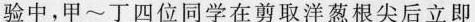
验中，甲~丁四位同学在剪取洋葱根尖后立即